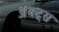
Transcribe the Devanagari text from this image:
ॲक्ट्स